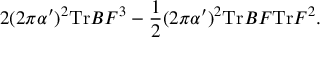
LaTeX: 2 ( 2 \pi \alpha ^ { \prime } ) ^ { 2 } \mathrm { T r } B F ^ { 3 } - \frac { 1 } { 2 } ( 2 \pi \alpha ^ { \prime } ) ^ { 2 } \mathrm { T r } B F \mathrm { T r } F ^ { 2 } .